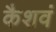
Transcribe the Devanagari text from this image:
कैशवं